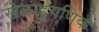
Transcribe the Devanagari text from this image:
खेळाडूगणिक